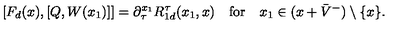
\lbrack F _ { d } ( x ) , [ Q , W ( x _ { 1 } ) ] ] = \partial _ { \tau } ^ { x _ { 1 } } R _ { 1 d } ^ { \tau } ( x _ { 1 } , x ) \quad \mathrm { f o r } \quad x _ { 1 } \in ( x + \bar { V } ^ { - } ) \setminus \{ x \} .